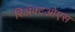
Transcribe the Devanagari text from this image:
रिअॅक्टओएस